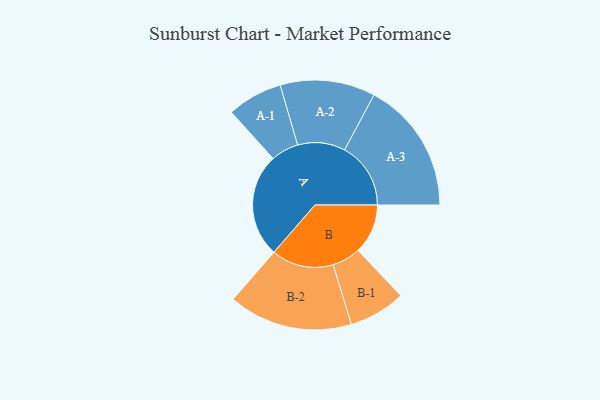
{"axis": {"x": "Segment", "y": "Value"}, "legend": ["", "A", "B"], "data": [{"x": "A", "y": 450, "type": ""}, {"x": "B", "y": 216, "type": ""}, {"x": "A-1", "y": 120, "type": "A"}, {"x": "A-2", "y": 206, "type": "A"}, {"x": "A-3", "y": 287, "type": "A"}, {"x": "B-1", "y": 123, "type": "B"}, {"x": "B-2", "y": 269, "type": "B"}]}